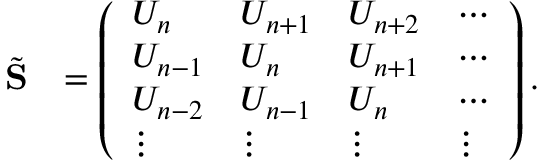
\begin{array} { r l } { \tilde { \bf S } } & { = \left( \begin{array} { l l l l } { U _ { n } } & { U _ { n + 1 } } & { U _ { n + 2 } } & { \cdots } \\ { U _ { n - 1 } } & { U _ { n } } & { U _ { n + 1 } } & { \cdots } \\ { U _ { n - 2 } } & { U _ { n - 1 } } & { U _ { n } } & { \cdots } \\ { \vdots } & { \vdots } & { \vdots } & { \vdots } \end{array} \right) . } \end{array}